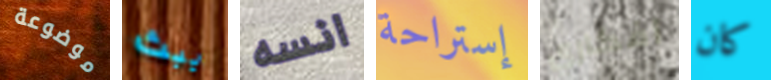
موضوعة يبث انسه إستراحة أفكاري كان